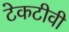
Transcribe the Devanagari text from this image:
टेकटीवी